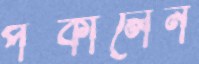
পট্‌কালেন